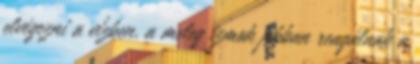
elvégezni a vízben, a meleg izmok jobban reagálnak a